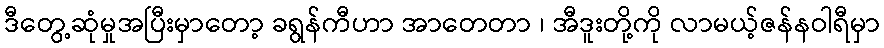
ဒီတွေ့ဆုံမှုအပြီးမှာတော့ ခရွန်ကီဟာ အာတေတာ ၊ အီဒူးတို့ကို လာမယ့်ဇန်နဝါရီမှာ